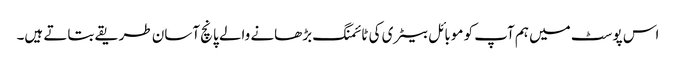
اس پوسٹ میں ہم آپ کو موبائل بیٹری کی ٹائمنگ بڑھانے والے پانچ آسان طریقے بتاتے ہیں۔